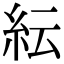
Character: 紜